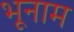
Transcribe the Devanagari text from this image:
भूनाम